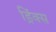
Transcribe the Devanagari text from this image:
ड्रिंक्‍स